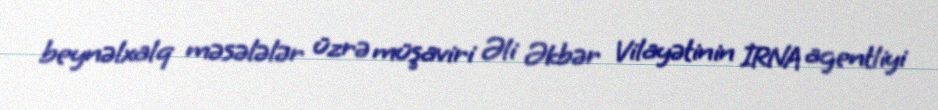
beynəlxalq məsələlər üzrə müşaviri Əli Əkbər Vilayətinin İRNA agentliyi